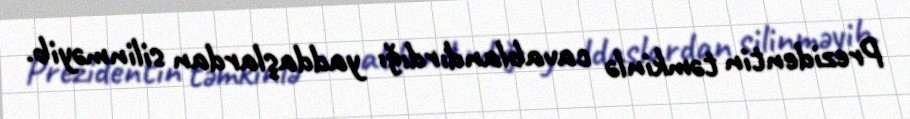
Prezidentin təmkinlə cavablandırdığı yaddaşlardan silinməyib.